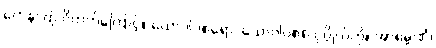
တေန၊ ထို ဝိတက်ကြောင့်။ ယောဂါဝစရော၊ ယောဂါဝစရ ပုဂ္ဂိုလ်ကို။ အာရမ္မဏံ၊